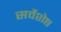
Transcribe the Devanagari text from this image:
सर्वेशेष्ठ